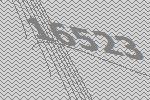
16523